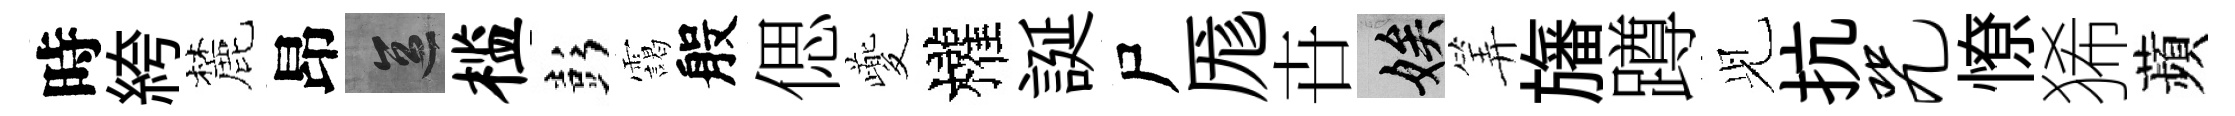
時絝麓昂區槛彭靄般偲夔權誕尸厖卋娭筭旛蹲𫤗抗咒憭狶蘋